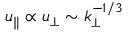
u _ { \| } \propto u _ { \perp } \sim k _ { \perp } ^ { - 1 / 3 }